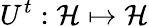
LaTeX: U^{t}:\mathcal H\mapsto\mathcal H